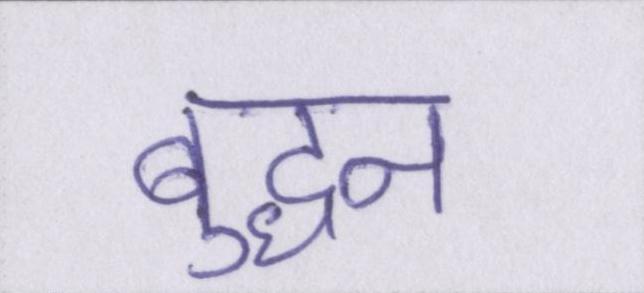
बुद्धन